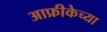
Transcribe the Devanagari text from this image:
आफ्रीकेच्या